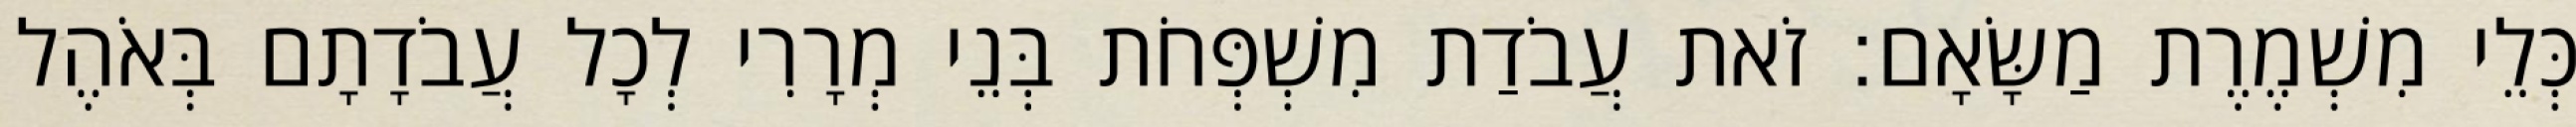
כְּלֵי מִשְׁמֶרֶת מַשָּׂאָם׃ זֹאת עֲבֹדַת מִשְׁפְּחֹת בְּנֵי מְרָרִי לְכָל עֲבֹדָתָם בְּאֹהֶל